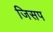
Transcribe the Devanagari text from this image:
जिसप